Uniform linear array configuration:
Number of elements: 12
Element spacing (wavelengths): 0.25
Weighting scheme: hamming
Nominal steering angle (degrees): -30
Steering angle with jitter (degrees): -28.895
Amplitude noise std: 0.05
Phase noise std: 0.05

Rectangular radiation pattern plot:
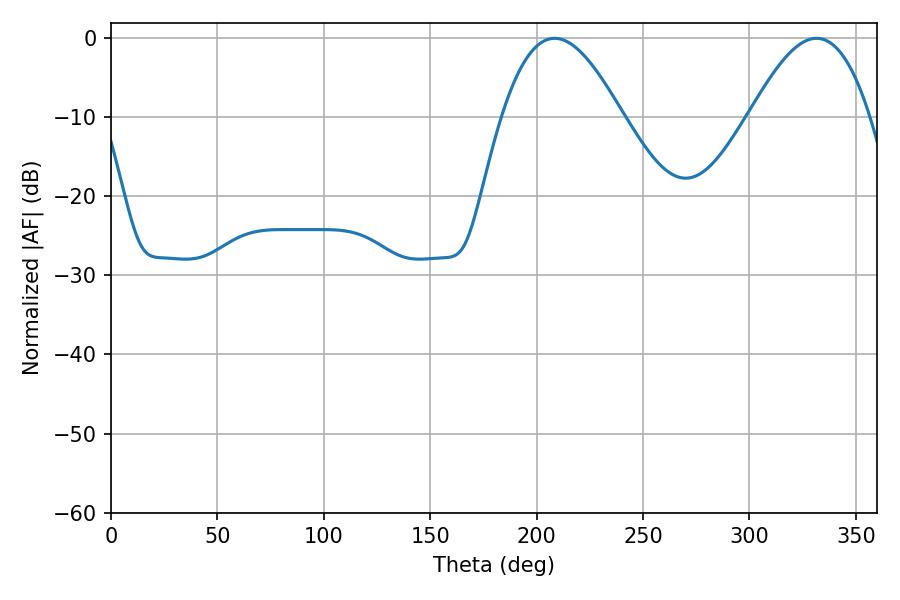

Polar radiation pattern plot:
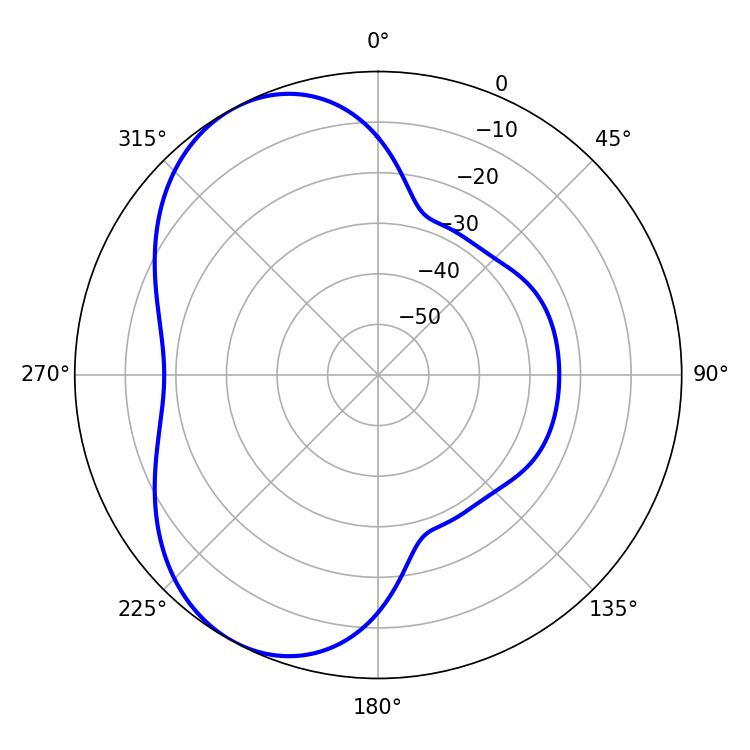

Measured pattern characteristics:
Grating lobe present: FALSE
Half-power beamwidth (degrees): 30.6
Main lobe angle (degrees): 208.44